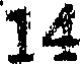
14